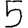
Digit: 5